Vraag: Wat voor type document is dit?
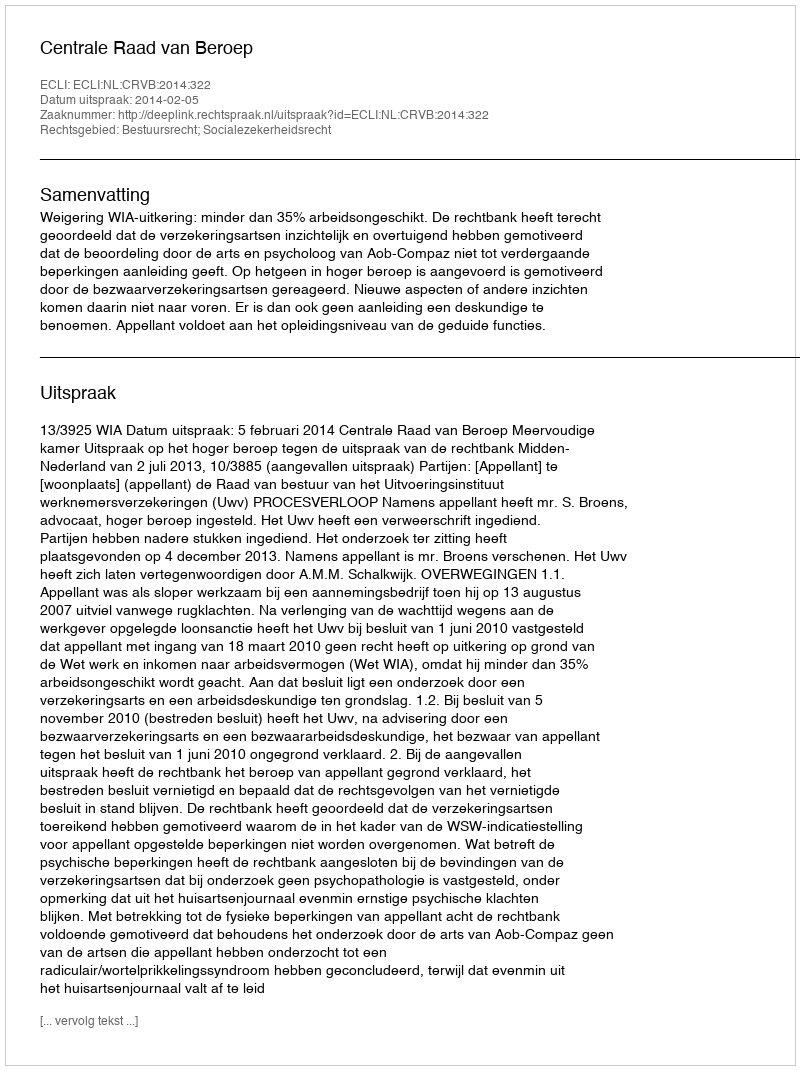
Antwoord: Uitspraak